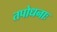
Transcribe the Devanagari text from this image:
तपोधनाः